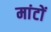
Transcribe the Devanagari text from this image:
मांटों